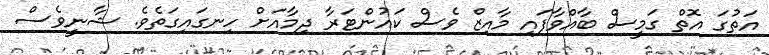
އަތުގަ އޮތް ގަމީސް ބާއްވާފައި މާއިޒް ވެސް ކައުންޓަރާ ދިމާއަށް ހިނގައިގަތެވެ. ޝާނީވެސް